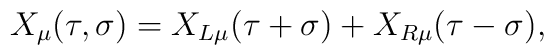
X_{\mu}(\tau,\sigma) = X_{L\mu}(\tau+\sigma) + X_{R\mu}(\tau-\sigma),